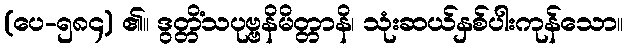
(ပေ-၅၈၄) ၏။ ဒွတ္တိံသပုဗ္ဗနိမိတ္တာနိ၊ သုံးဆယ်နှစ်ပါးကုန်သော။